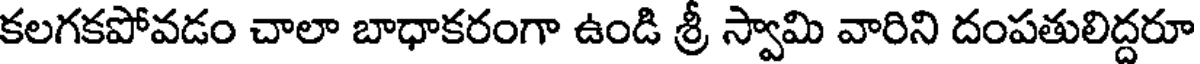
కలగకపోవడం చాలా బాధాకరంగా ఉండి శ్రీ స్వామి వారిని దంపతులిద్దరూ